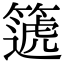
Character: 𥳠